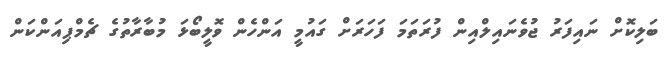
ބަލިކޮށް ނައިފަރު ޖުވެނައިލްއިން ފުރަތަމަ ފަހަރަށް ގައުމީ އަންހެން ވޮލީބޯޅަ މުބާރާތުގެ ޗެމްޕިއަންކަން